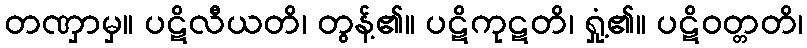
တဏှာမှ။ ပဋိလီယတိ၊ တွန့်၏။ ပဋိကုဋတိ၊ ရှုံ့၏။ ပဋိဝတ္တတိ၊